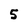
Character: 5